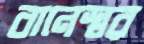
বানেশ্বর